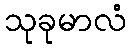
သုခုမာလံ